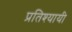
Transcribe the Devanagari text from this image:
प्रतिश्यायी